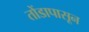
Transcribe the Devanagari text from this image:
तोंडापासून